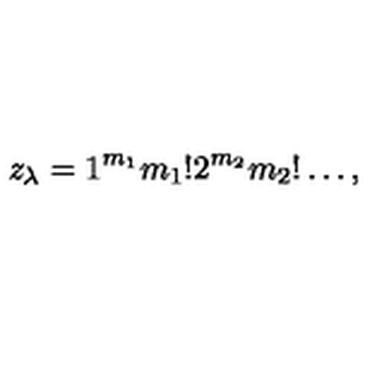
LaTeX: z _ { \lambda } = 1 ^ { m _ { 1 } } m _ { 1 } ! 2 ^ { m _ { 2 } } m _ { 2 } ! \dots ,